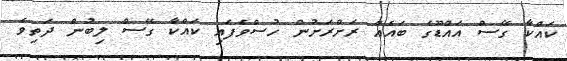
ކައްކާ ގޭސް އައްޑޫގެ ބައެއް ރަށްރަށުން ހުސްވެފައި ކައްކާ ގޭސް ލިބުން ދަތިވެ